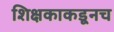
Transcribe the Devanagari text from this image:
शिक्षकाकडूनच